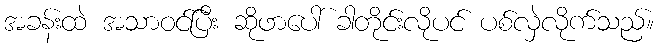
အခန်းထဲ အသာဝင်ပြီး ဆိုဖာပေါ် ခါတိုင်းလိုပင် ပစ်လှဲလိုက်သည်။